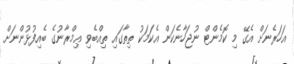
އަހަރެނަށް އެގޭ މި ކޮމެންޓް ނުޖަހާނެކަން އެކަމަކު ތިތާގައި ތިއްބެވި ޢިމްރާނުގެ ބެއިފުޅުންނަށް